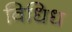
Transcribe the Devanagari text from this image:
विधिध